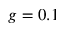
g = 0 . 1